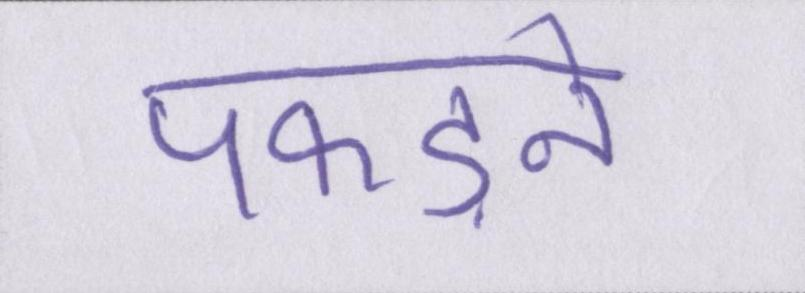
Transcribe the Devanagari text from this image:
पकड़ने